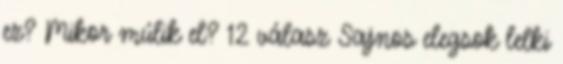
ez? Mikor múlik el? 12 válasz Sajnos elegsok lelki